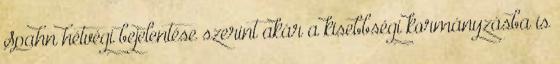
Spahn hétvégi bejelentése szerint akár a kisebbségi kormányzásba is